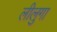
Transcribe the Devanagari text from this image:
लीलुगा